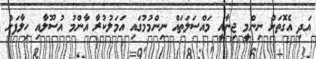
އަދި އެގޮތަށް ނިންމީ ޖިނާއީ މައްސަލަތައް ނިންމުމުގައި އަމަލުކުރާ އާންމު އުސޫލާއި ހިލާފަށް